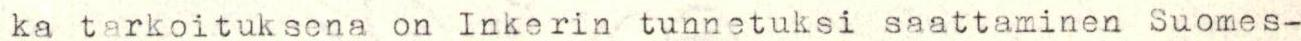
ka tarkoituksena on Inkerin tunnetuksi saattaminen Suomes-